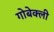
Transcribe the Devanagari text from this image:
गोबेक्ली